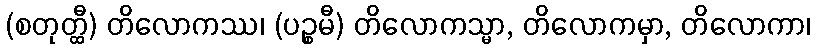
(စတုတ္ထီ) တိလောကဿ၊ (ပဉ္စမီ) တိလောကသ္မာ, တိလောကမှာ, တိလောကာ၊